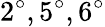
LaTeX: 2^{\circ},5^{\circ},6^{\circ}